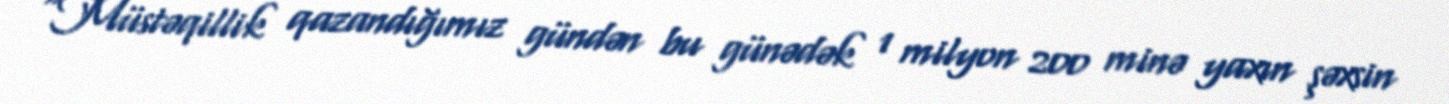
“Müstəqillik qazandığımız gündən bu günədək 1 milyon 200 minə yaxın şəxsin